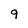
Character: 9